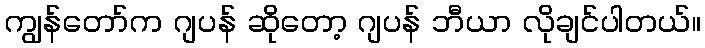
ကျွန်တော်က ဂျပန် ဆိုတော့ ဂျပန် ဘီယာ လိုချင်ပါတယ်။